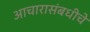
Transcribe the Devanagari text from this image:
आचारासंबधीचे